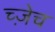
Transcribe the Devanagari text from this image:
च्ज़ेच